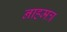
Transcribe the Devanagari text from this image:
नाहमत्र